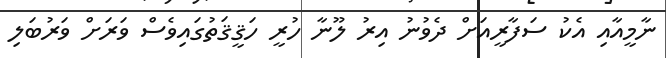
ނާމީއާއި އެކު ސަފާރީއަށް ދެވުނު އިރު ލޫނާ ހުރީ ހަޤީޤަތުގައިވެސް ވަރަށް ވަރުބަލި